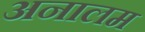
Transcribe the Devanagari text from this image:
अनालम